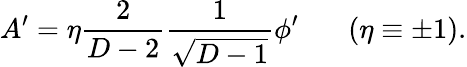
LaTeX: A^{\prime}=\eta{\frac{2}{D-2}}{\frac{1}{\sqrt{D-1}}}\phi^{\prime}\ \ \ \ \ \ \ (\eta\equiv\pm 1).